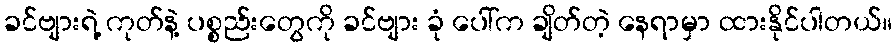
ခင်ဗျားရဲ့ ကုတ်နဲ့ ပစ္စည်းတွေကို ခင်ဗျား ခုံ ပေါ်က ချိတ်တဲ့ နေရာမှာ ထားနိုင်ပါတယ်။